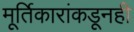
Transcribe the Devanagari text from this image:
मूर्तिकारांकडूनही